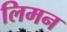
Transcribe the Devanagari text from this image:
लिमन